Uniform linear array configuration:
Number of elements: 48
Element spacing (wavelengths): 1
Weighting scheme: kaiser
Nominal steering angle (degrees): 45
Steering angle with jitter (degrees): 44.575
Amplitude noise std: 0.05
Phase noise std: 0.05

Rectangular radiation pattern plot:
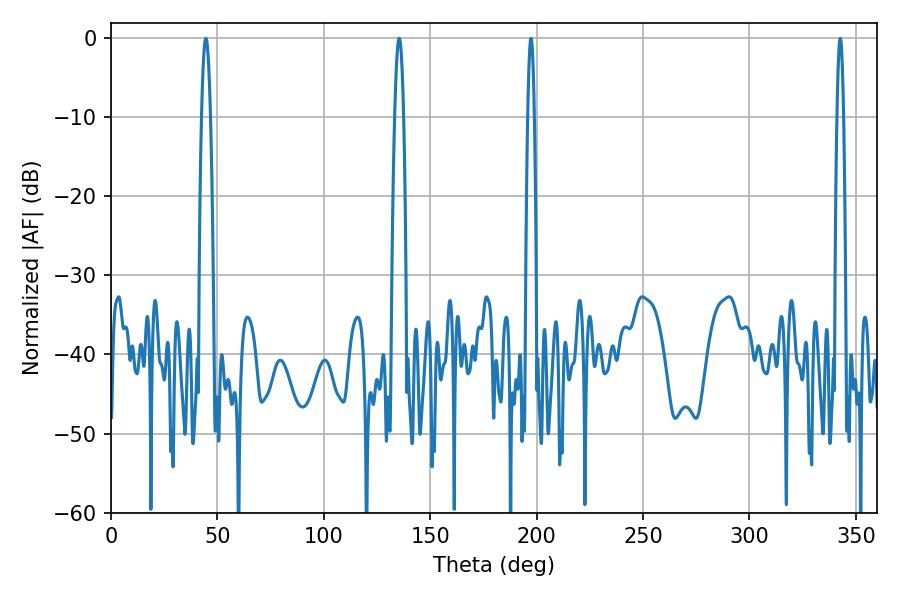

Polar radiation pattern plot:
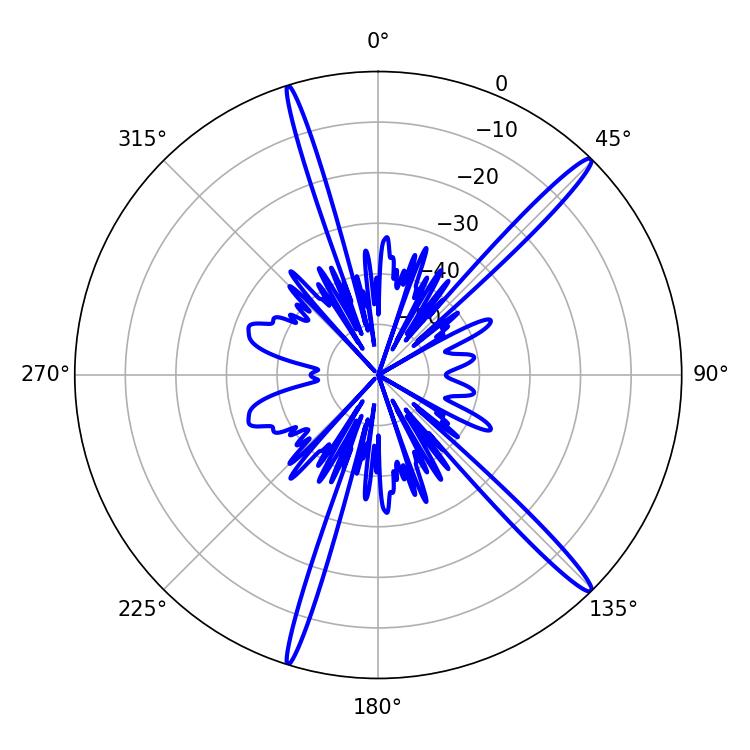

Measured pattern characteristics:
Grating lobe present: TRUE
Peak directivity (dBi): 16.768
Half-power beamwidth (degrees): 2.16
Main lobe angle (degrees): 44.64